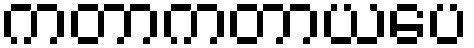
ကတာကတာယပေ